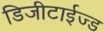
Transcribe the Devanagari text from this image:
डिजीटाईज्‍ड